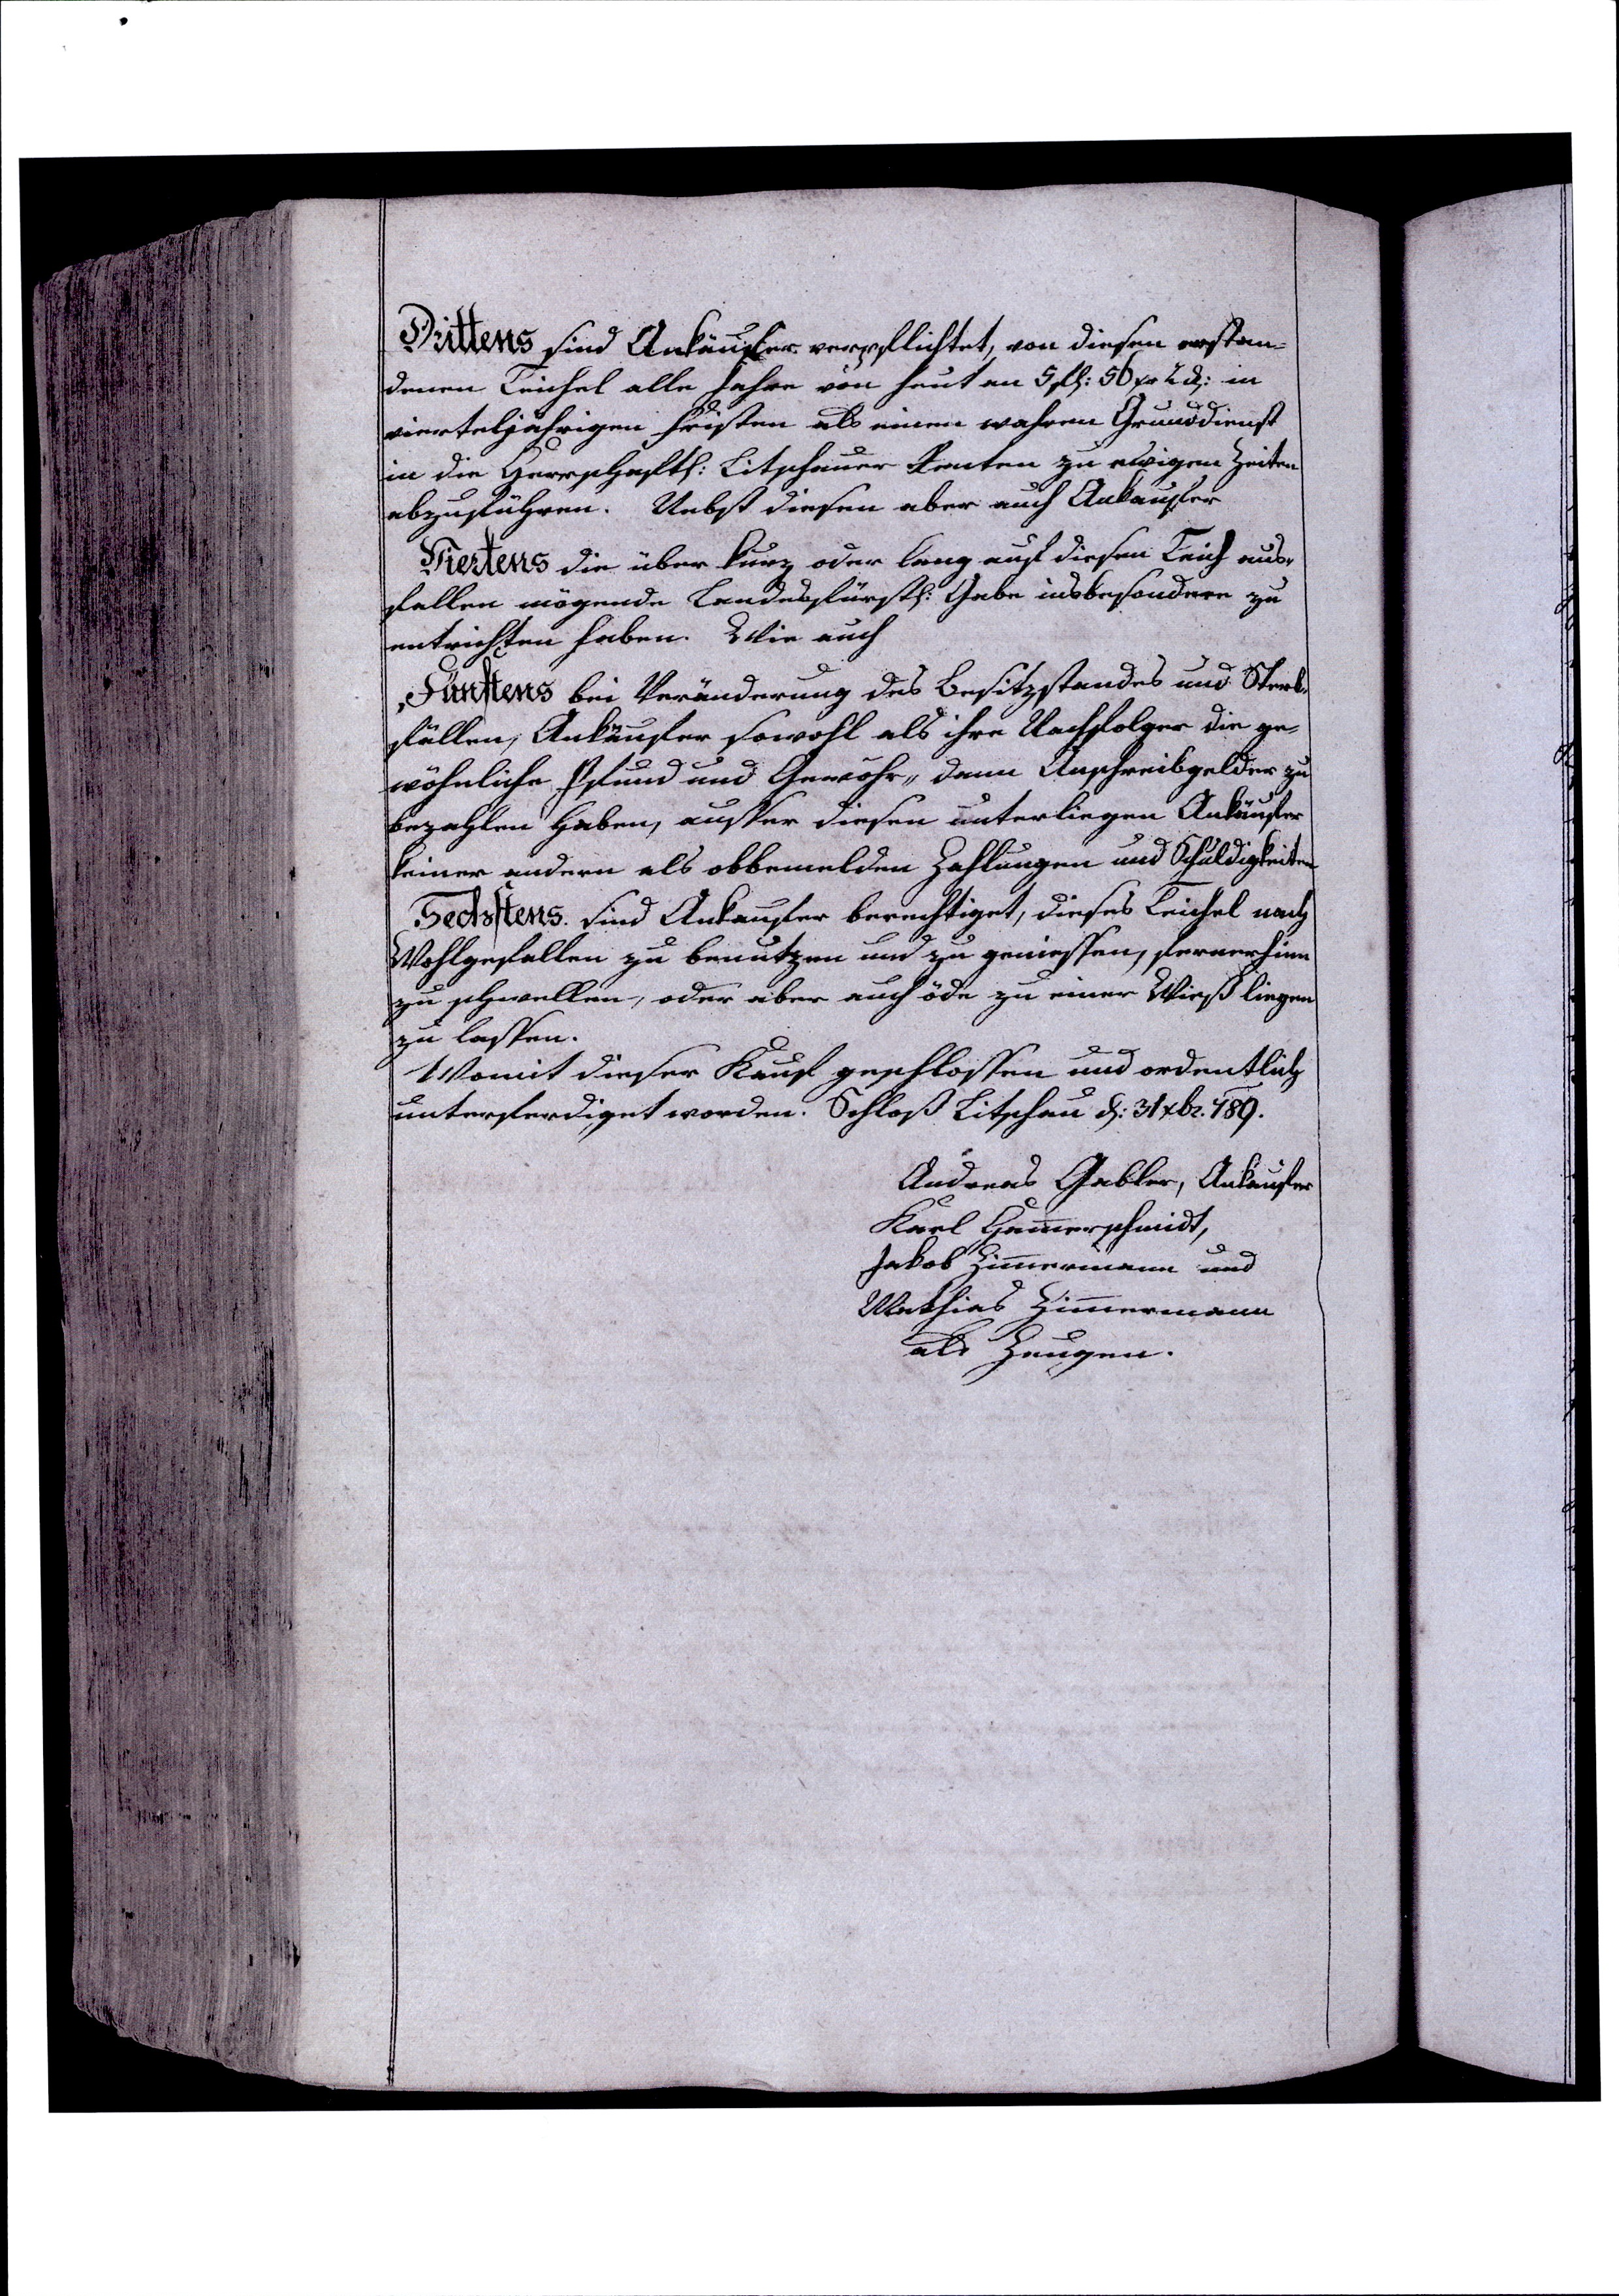
Drittens sind Ankäufer verpflichtet, von diesen erstan¬
denen Teichel alle Jahre von heut an 5 f: 56 xr 2 in
vierteljährigen Fristen als einen wahren Grunddienst
in die Herrschaft: Litschauer Renten zu ewigen Zeiten
abzuführen. Nebst diesen aber auch Ankaufer
Viertens die über kurz oder lang auf diesen Teich aus¬
fallen mögende Landesfürst: Gabe insbesondere zu
entrichten haben. Wie auch
Fünftens bei Veränderung des Besitzstandes und Sterb¬
fällen, Ankäufer sowohl als ihre Nachfolger die ge¬
wöhnliche Pfund und Gewöhr,, dann Anschreibgelder zu
bezahlen haben, ausser diesen unterliegen Ankäufer
keiner andern als obbemelden Zahlungen und Schuldigkeiten
Sechstens sind Ankaufer berechtiget, dieses Teichel nach
Wohlgefallen zu benutzen und zu geniessen, fernerhinn
zu schwellen, oder aber auch öde zu einer Wieß liegen
zu lassen.
Womit dieser Kauf geschlossen und ordentlich
unterferdiget worden. Schloß Litschau d: 31 xbr. 789.
Andreas Gabler, Ankäufer
Karl Hammerschmidt,
Jakob Zimmermann und
Mathies Zimmermann
als Zeugen.